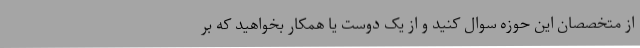
از متخصصان این حوزه سوال کنید و از یک دوست یا همکار بخواهید که بر